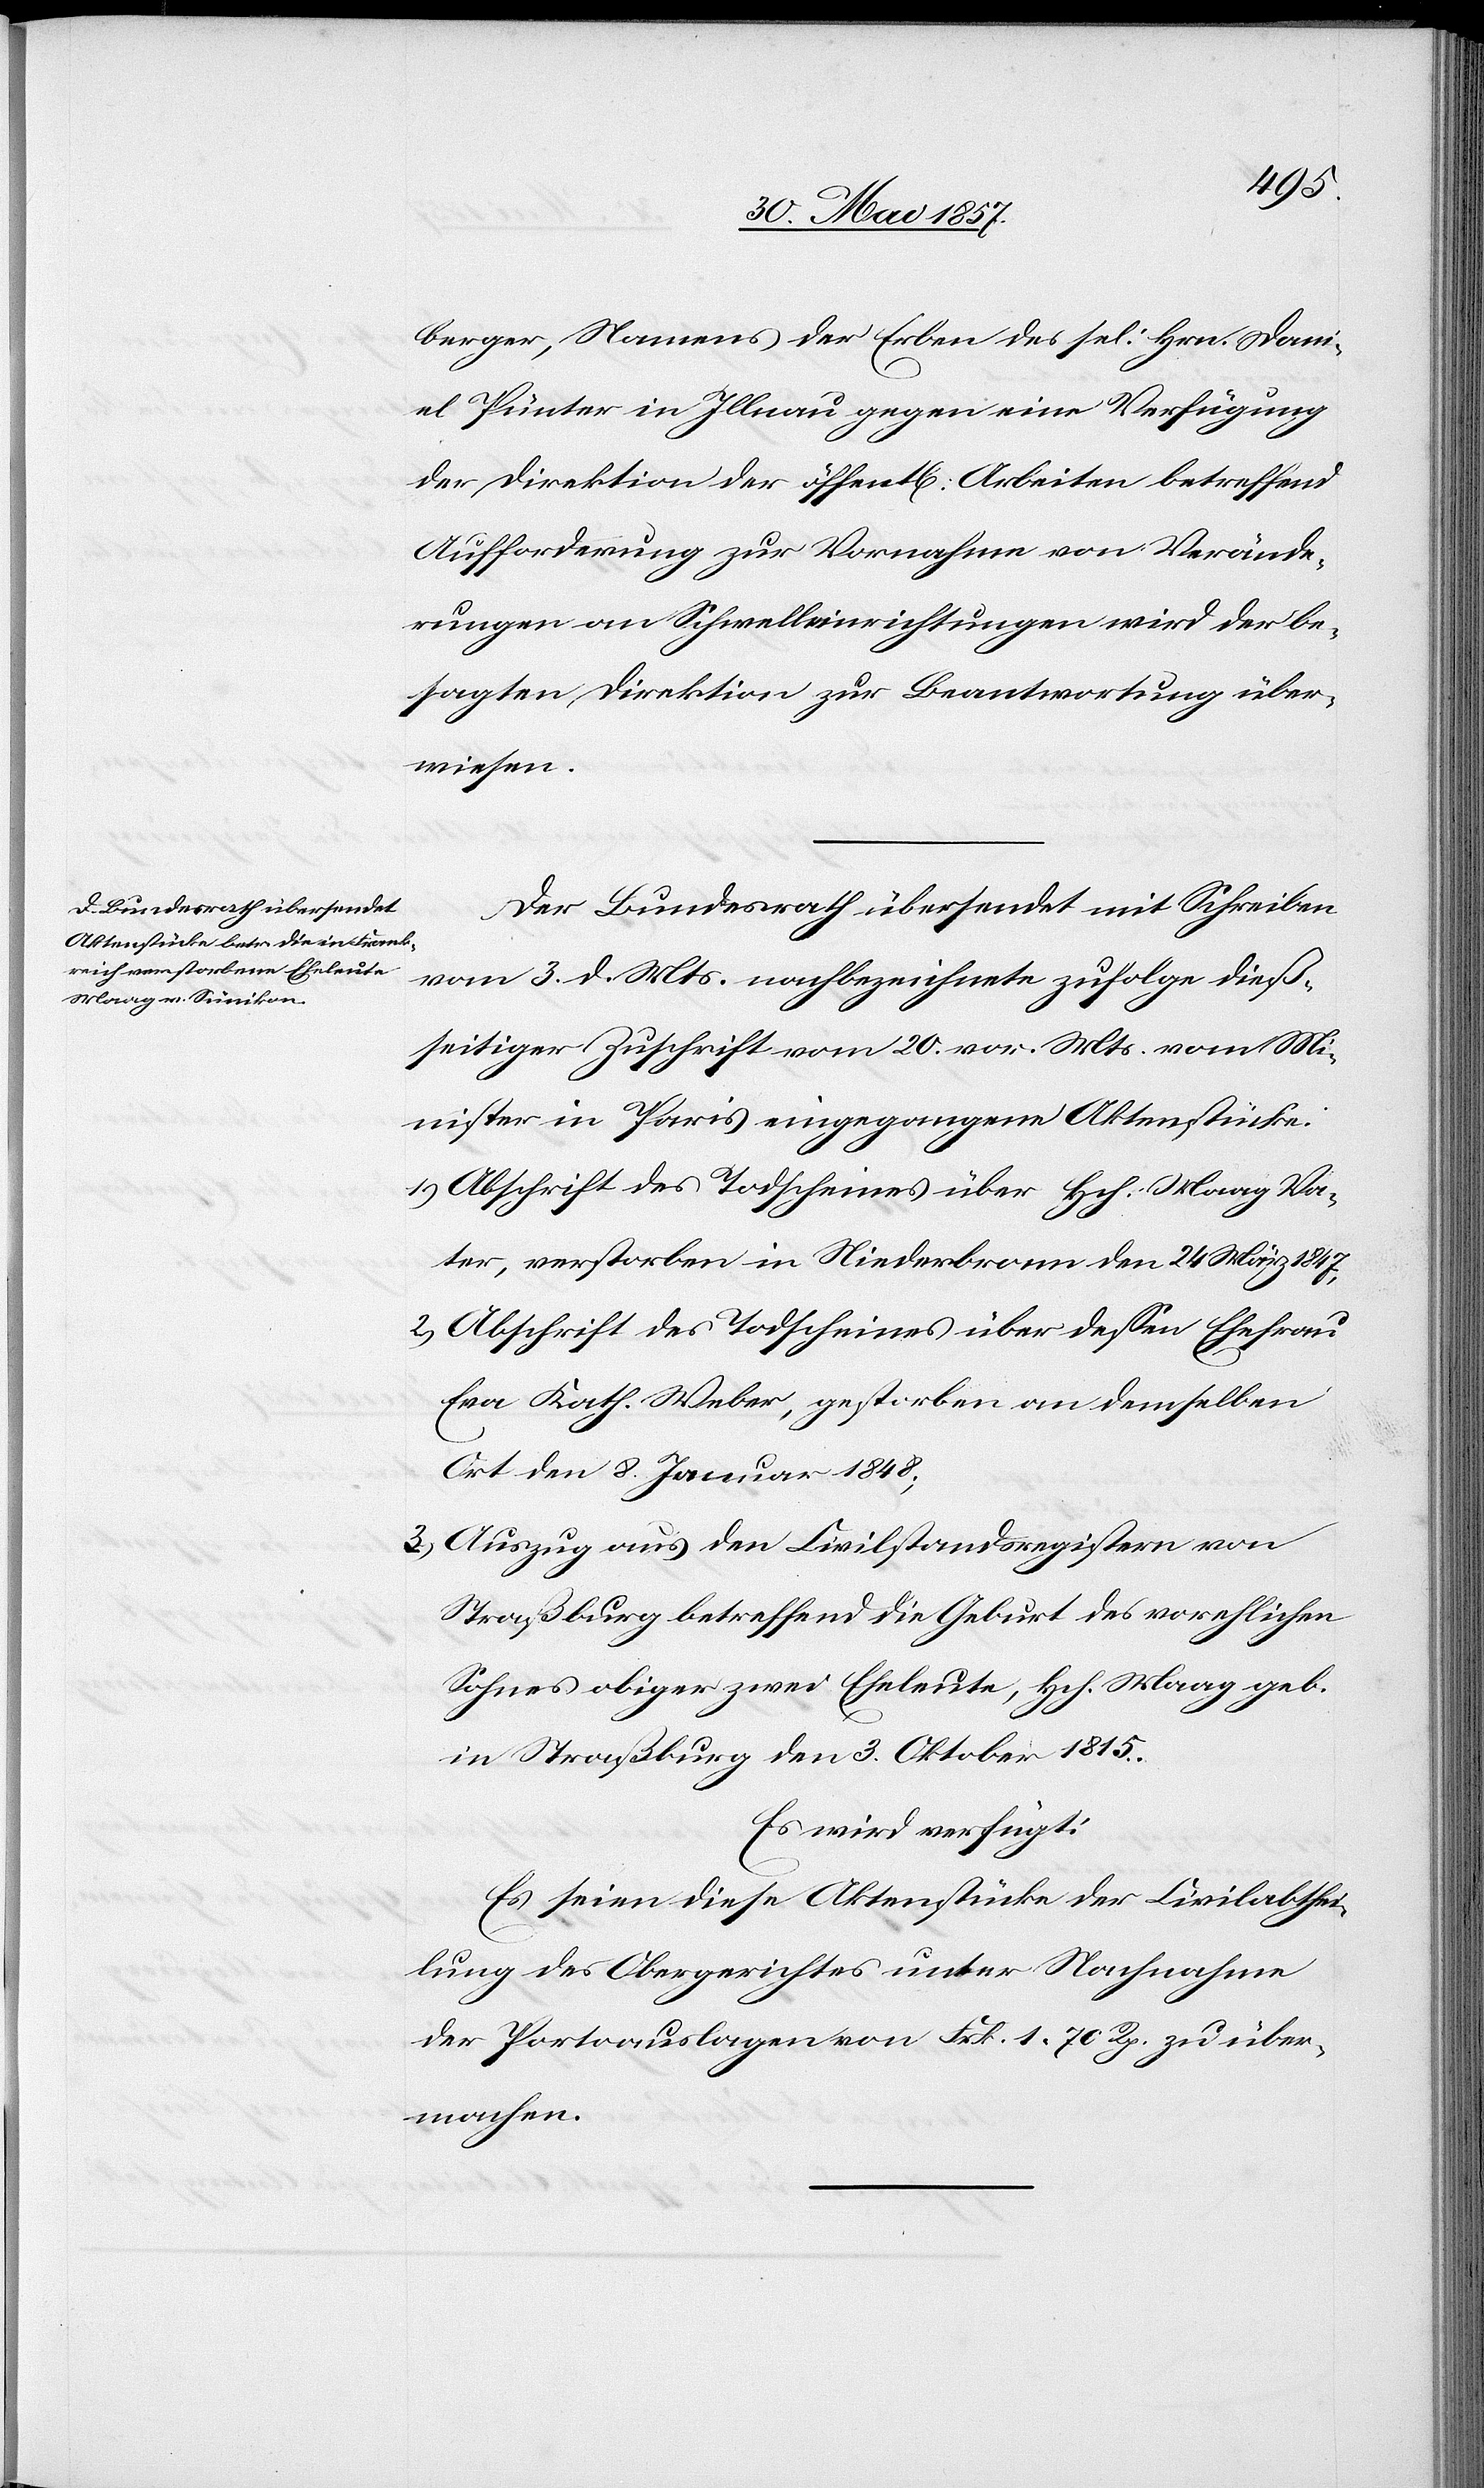
4 Juni 1857.]
berger, Namens der Erben des sel: Hrn. Dani¬
el Pünter in Illnau gegen eine Verfügung
der Direktion der öffentl. Arbeiten betreffend
Aufforderung zur Vornahme von Verände¬
rungen an Schwelleinrichtungen wird der be¬
sagten Direktion zur Beantwortung über¬
wiesen.
Der Bundesrath übersendet mit Schreiben
vom 3 d. Mts. nachbezeichnete zufolge dieß¬
seitiger Zuschrift vom 20 vor. Mts. vom Mi¬
nister in Paris eingegangene Aktenstücke:
1.) Abschrift des Todscheines über Hch. Maag Va¬
ter, verstorben in Niederbram den 24 März 1847,
2.) Abschrift des Todscheines über dessen Ehefrau
Eva Kath. Weber, gestorben an demselben
Ort den 8 Januar 1848;
3.) Auszug aus dem Civilstandsregister von
Straßburg betreffend die Geburt des vorehlichen
Sohnes obiger zwei Eheleute, Hch. Maag geb.
in Straßburg den 3 Oktober 1815.
Es wird verfügt:
Es seien diese Aktenstücke der Civilabthei¬
lung des Obergerichtes unter Nachnahme
der Portoauslagen von Frk. 1 70 Rp. zu über¬
machen.